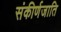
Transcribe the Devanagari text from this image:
संकीर्णजाति